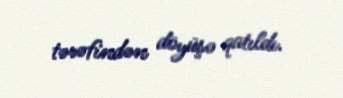
tərəfindən döyüşə qatıldı.